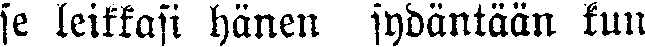
se leikkasi hänen sydäntään kun